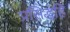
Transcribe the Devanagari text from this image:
प्रसिद्धहि